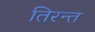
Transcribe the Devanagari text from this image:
तिरन्त